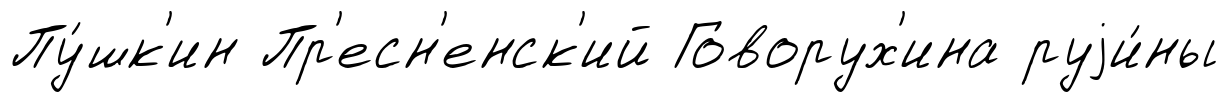
Пу́шк'ин Пр'есн'енск'ий Говорух'ина руjи́ны